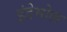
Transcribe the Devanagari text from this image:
इंडेमोल